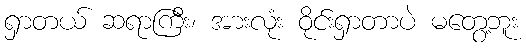
ရှာတယ် ဆရာကြီး၊ အားလုံး ဝိုင်းရှာတာပဲ မတွေ့ဘူး